Vaccination North-Western Provinces and Oudh 1878-1895 - 1878-1895
Year: 1878
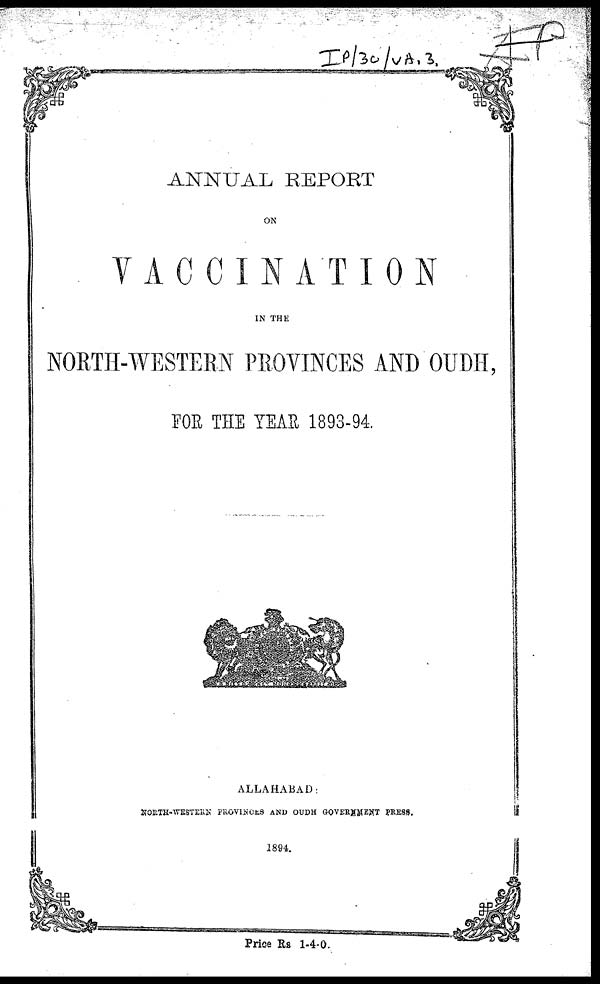
ANNUAL REPORT
ON
VACCINATION
IN THE
NORTH-WESTERN PROVINCES AND OUDH,
FOR THE YEAR 1893-94.
ALLAHABAD:
NORTH-WESTERN PROVINCES AND OUDH GOVERNMENT PRESS.
1894.
Price Rs 1-4-0.